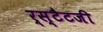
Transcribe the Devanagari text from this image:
र्स्टैटजी